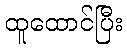
ထူထောင်ပြီး